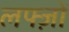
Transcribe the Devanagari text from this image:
लफ्ज़ों